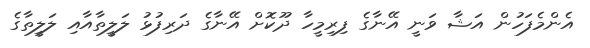
އެންމެފަހުން އަޝާ ވަނީ އޭނާގެ ފިރިމީހާ ދޫކޮށް އޭނާގެ ދަރިފުޅު ލަލީތާއާއި ލަލީތާގެ